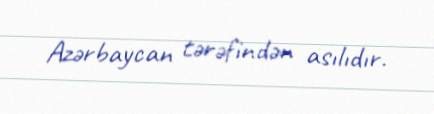
Azərbaycan tərəfindən asılıdır.